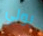
بولي